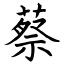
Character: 蔡